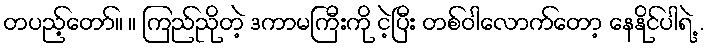
တပည့်တော်။ ။ ကြည်ညိုတဲ့ ဒကာမကြီးကို ငဲ့ပြီး တစ်ဝါလောက်တော့ နေနိုင်ပါရဲ့ .